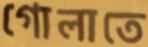
গোলাতে